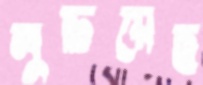
লুটিয়েছ